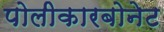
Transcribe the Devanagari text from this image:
पोलीकारबोनेट